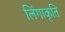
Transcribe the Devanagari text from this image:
लिंगाकृति